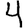
Digit: 4